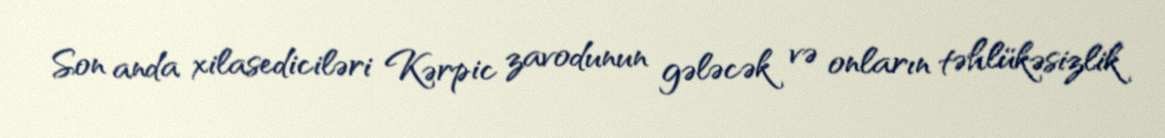
Son anda xilasediciləri Kərpic zavodunun gələcək və onların təhlükəsizlik